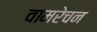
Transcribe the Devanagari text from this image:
वामरेचन